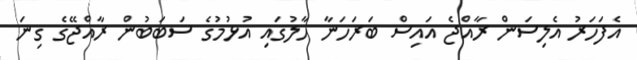
އެފަހަރު އެލިސަން ރާއްޖެ އައިސް ބަރަހަނާ ހާލުގައި އުޅުމުގެ ސަބަބުން ރާއްޖޭގެ ގިނަ